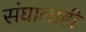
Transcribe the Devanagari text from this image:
संघालाही